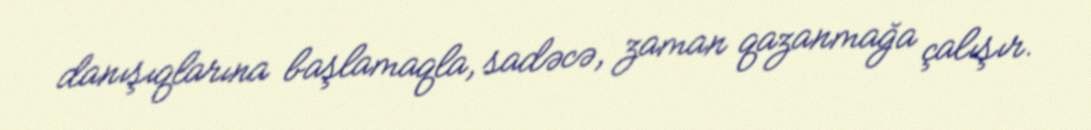
danışıqlarına başlamaqla, sadəcə, zaman qazanmağa çalışır.